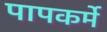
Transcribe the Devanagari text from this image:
पापकर्मे